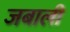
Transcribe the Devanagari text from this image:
जबाली